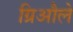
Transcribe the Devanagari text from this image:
ग्रिऔले